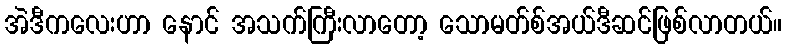
အဲဒီကလေးဟာ နောင် အသက်ကြီးလာတော့ သောမတ်စ်အယ်ဒီဆင်ဖြစ်လာတယ်။